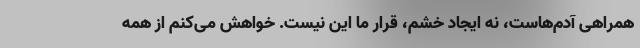
همراهی آدم‌هاست، نه ایجاد خشم، قرار ما این نیست. خواهش می‌کنم از همه